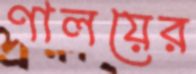
ণালয়ের